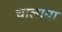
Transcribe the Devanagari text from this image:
चालाया